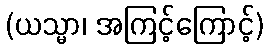
(ယသ္မာ၊ အကြင့်ကြောင့်)